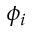
\phi _ { i }